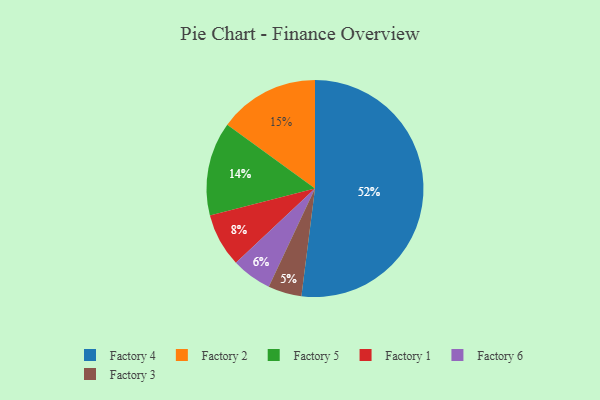
{"axis": {"x": "Category", "y": "Percentage"}, "legend": ["Factory 1", "Factory 2", "Factory 3", "Factory 4", "Factory 5", "Factory 6"], "data": [{"x": "Factory 5", "y": 14, "type": "Factory 5"}, {"x": "Factory 1", "y": 8, "type": "Factory 1"}, {"x": "Factory 4", "y": 52, "type": "Factory 4"}, {"x": "Factory 3", "y": 5, "type": "Factory 3"}, {"x": "Factory 6", "y": 6, "type": "Factory 6"}, {"x": "Factory 2", "y": 15, "type": "Factory 2"}]}